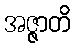
အဇ္ဇာတိ